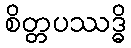
စိတ္တပဿဒ္ဓိ